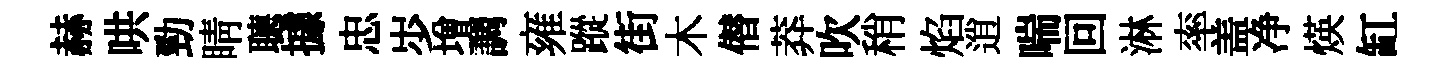
赫哄勁睛𦗟據忠𡵯増調雍蹤街木僣莽吹稍焰逍喘回淋率盖净煐缸